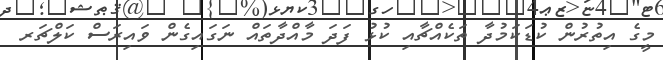
މީގެ އިތުރުން ކުޑަކަމުދާ ތަކެއްޗާއި ކުޅު ފަދަ މާއްދާތައް ނަގައިގެން ވައިރަސް ކަލްޗަރ